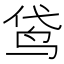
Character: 𮹕